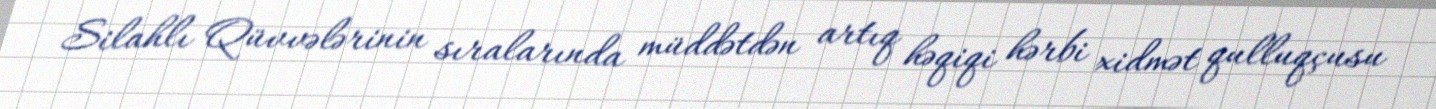
Silahlı Qüvvələrinin sıralarında müddətdən artıq həqiqi hərbi xidmət qulluqçusu